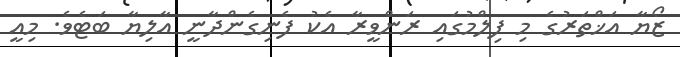
ޒޯޔާ އަޚްތަރުގެ މި ފިލްމުގައި ރަންވީރާ އެކު ފެނިގެންދާނީ އާލިޔާ ބަޓެވެ. މިއީ